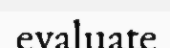
evaluate